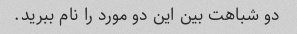
دو شباهت بین این دو مورد را نام ببرید.